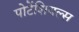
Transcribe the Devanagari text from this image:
पोटेंशियल्स